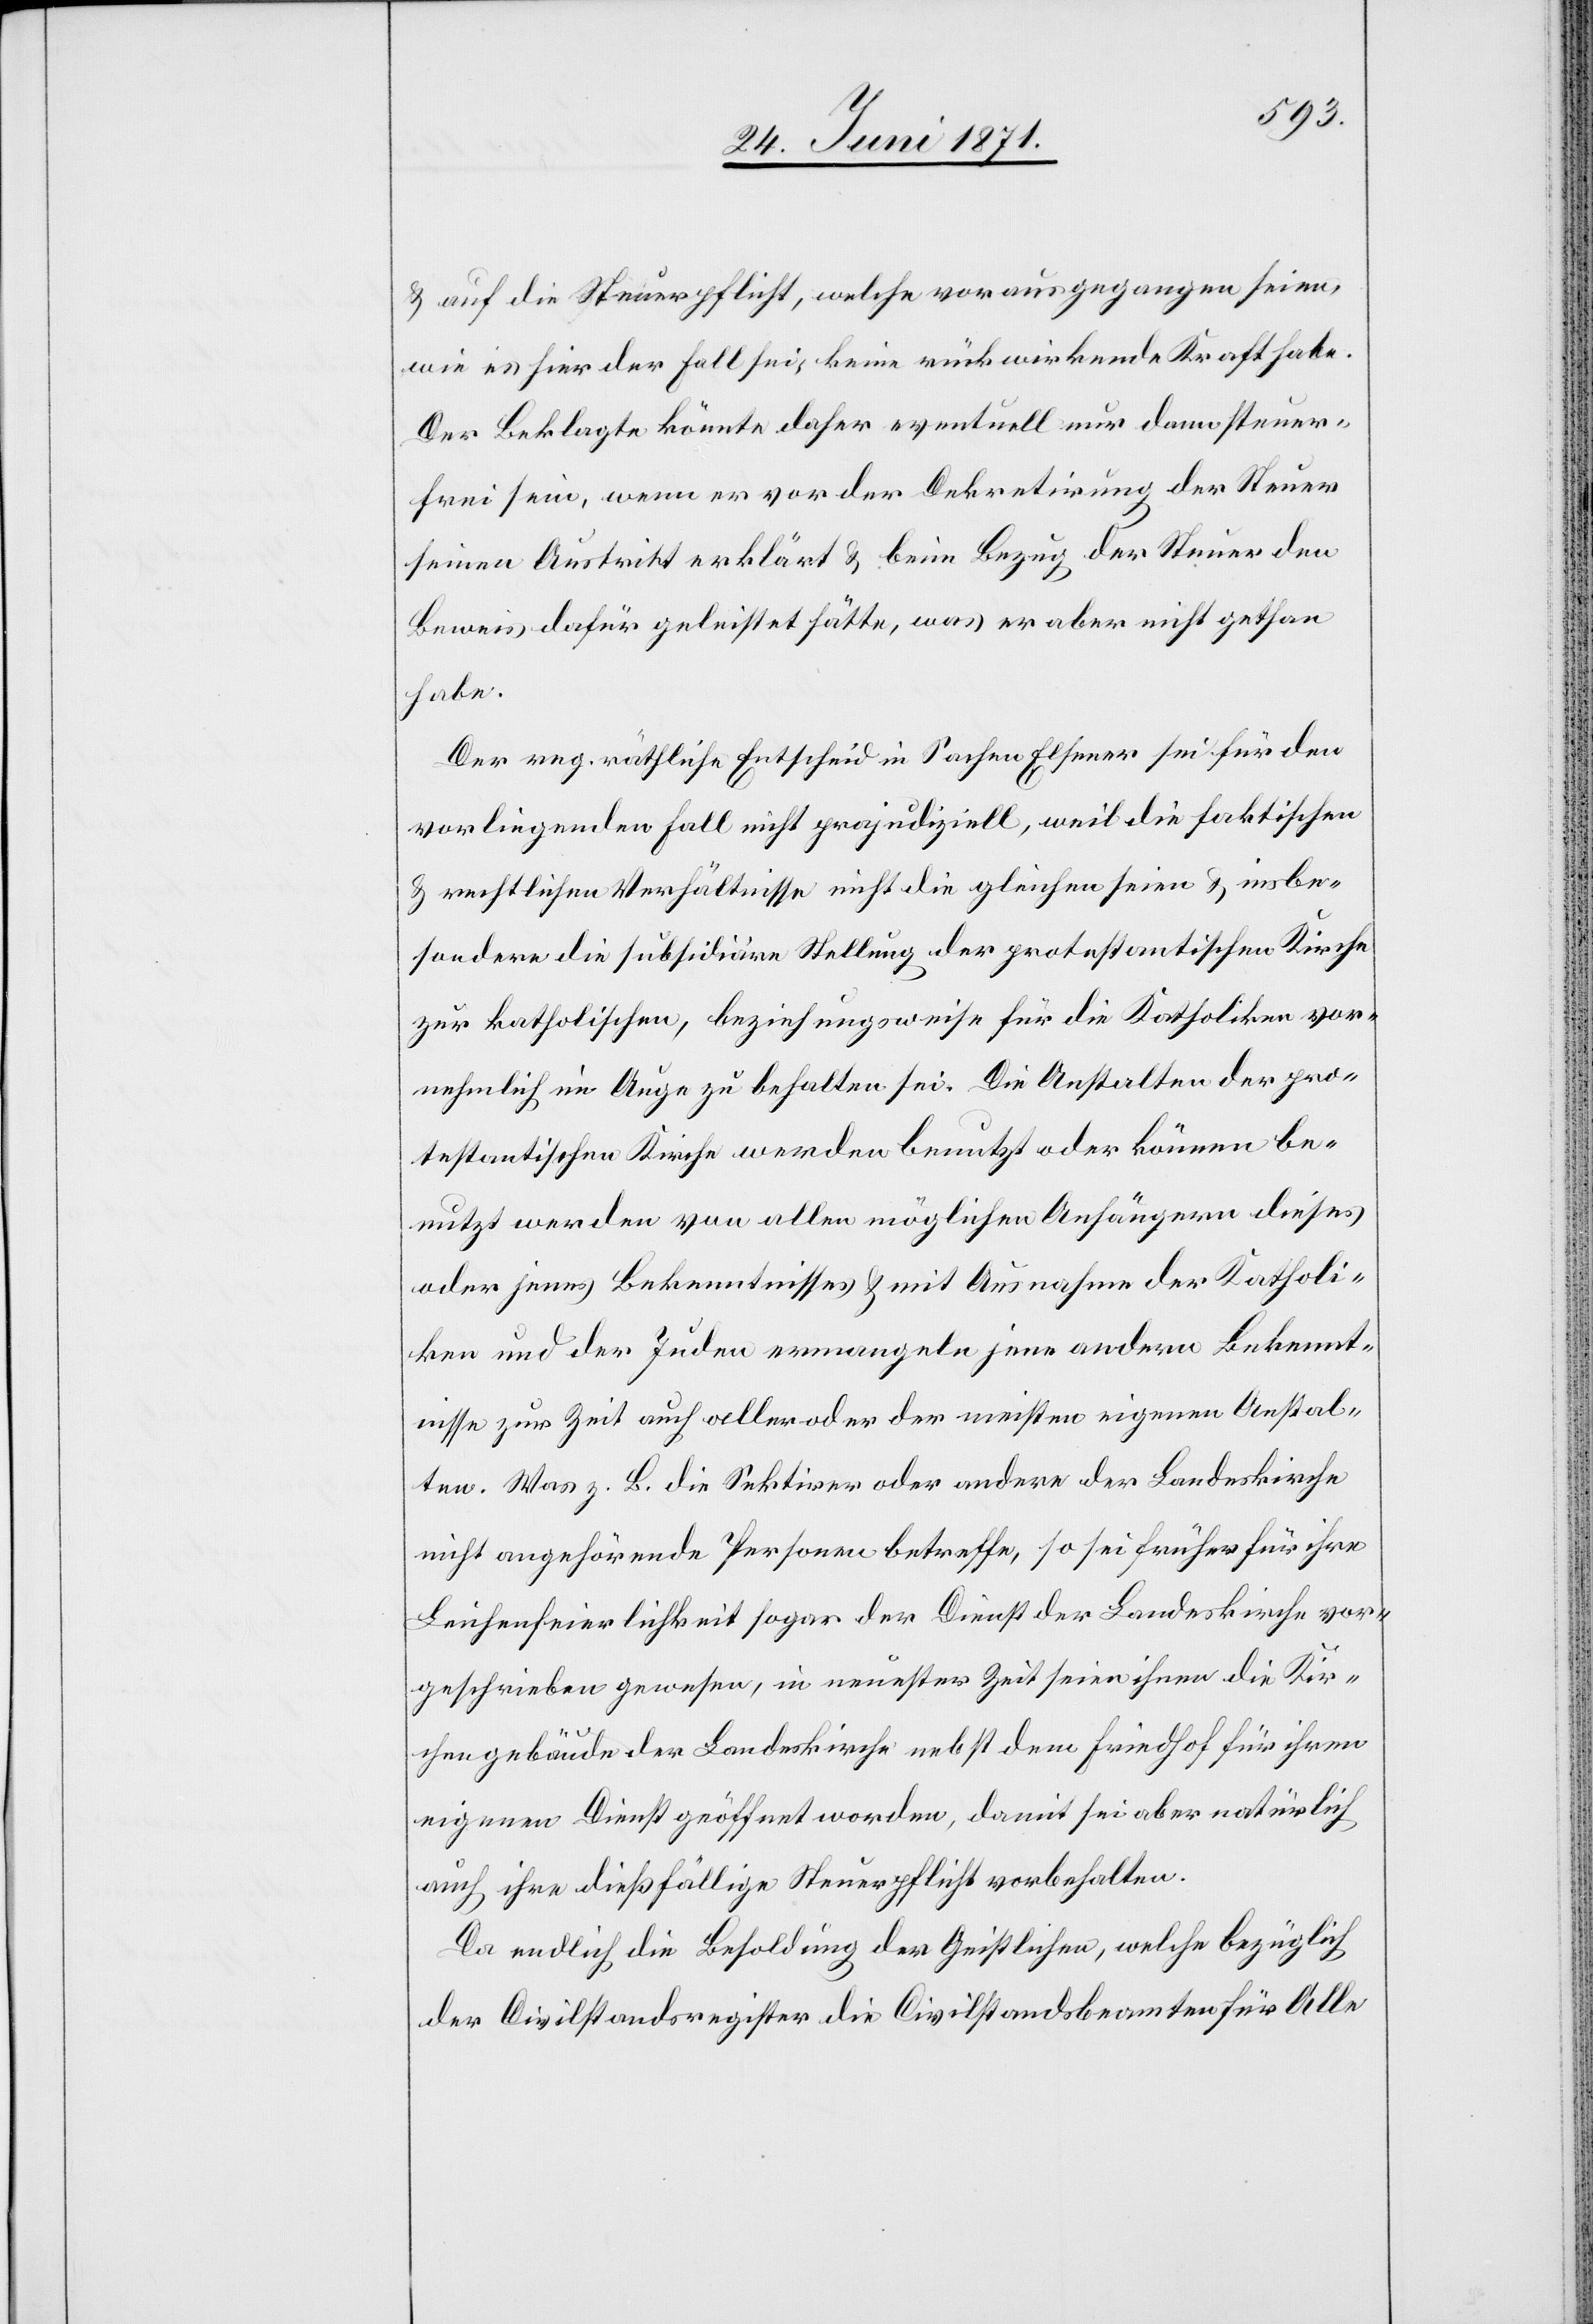
u. auf die Steuerpflicht, welche vorausgegangen seien,
wie es hier der Fall sei, keine rückwirkende Kraft habe.
Der Beklagte könnte daher eventuell nur dann steuer¬
frei sein, wenn er vor der Dekretirung der Steuer
seinen Austritt erklärt u. beim Bezug der Steuer den
Beweis dafür geleistet hätte, was er aber nicht gethan
habe.
Der reg. räthliche Entscheid in Sachen Elsener sei für den
vorliegenden Fall nicht prajudiziell [sic!], weil die faktischen
u. rechtlichen Verhältnisse nicht die gleichen seien u. insbe¬
sondere die subsidäre Stellung der protestantischen Kirche
zur katholischen, beziehungsweise für die Katholiken vor¬
nehmlich im Auge zu behalten sei. Die Anstalten der pro¬
testantischen Kirche werden benutzt oder können be¬
nutzt werden von allen möglichen Anhängern dieses
oder jenes Bekenntnisses u. mit Ausnahme der Katholi¬
ken und der Juden ermangeln jene andern Bekennt¬
nisse zur Zeit auch aller oder der meisten eigenen Anstal¬
ten. Was z. B. die Sektirer oder andere der Landeskirche
nicht angehörende Personen betreffe, so sei früher für ihre
Leichenfeierlichkeit sogar der Dienst der Landeskirche vor¬
geschrieben gewesen, in neuester Zeit seien ihnen die Kir¬
chengebäude der Landeskirche nebst dem Friedhof für ihren
eigenen Dienst geöffnet worden, damit sei aber natürlich
auch ihre dießfällige Steuerpflicht vorbehalten.
Da endlich die Besoldung der Geistlichen, welche bezüglich
der Civilstandsregister die Civilstandsbeamten für Alle